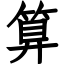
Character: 算